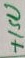
Text: +15V